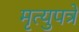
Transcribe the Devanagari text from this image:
मृत्युपत्रे